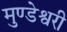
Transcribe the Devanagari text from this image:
मुण्डेश्वरी